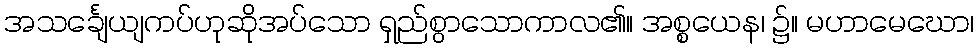
အသင်္ချေယျကပ်ဟုဆိုအပ်သော ရှည်စွာသောကာလ၏။ အစ္စယေန၊ ၌။ မဟာမေဃော၊